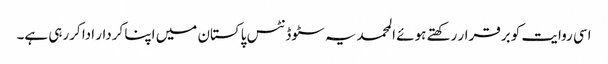
اسی روایت کو برقرار رکھتے ہوئے المحمدیہ سٹوڈنٹس پاکستان میں اپنا کردار ادا کررہی ہے۔